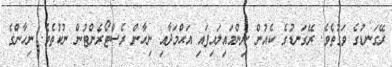
ރޭގަނޑުގެ ވަގުތެވެ. ރޭގަނޑުގެ ކެއުން ނިންމައިލައިފައި އަޙްމަދާއި ނިހާން ރެސްޓޯރެންޓުން ނުކުތެވެ. ނިހާންގެ